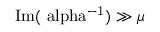
\mathrm { I m ( \ a l p h a ^ { - 1 } ) } \gg \mu